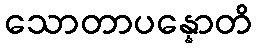
သောတာပန္နောတိ